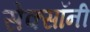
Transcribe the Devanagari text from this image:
सेक्सॉनी